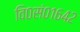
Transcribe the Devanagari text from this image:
वि०सं०१६४२